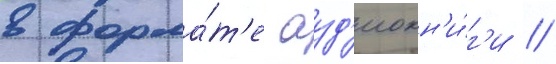
в форма́т'е ауд'иокн'и́г'и //